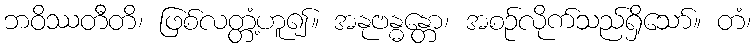
ဘဝိဿတီတိ၊ ဖြစ်လတ္တံ့ဟူ၍။ အနုဗန္ဓန္တော၊ အစဉ်လိုက်သည်ရှိသော်။ တံ၊